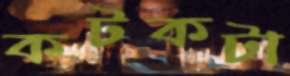
কটকটা